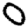
Digit: 0